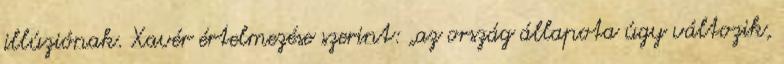
illúziónak. Xavér értelmezése szerint: „az ország állapota úgy változik,